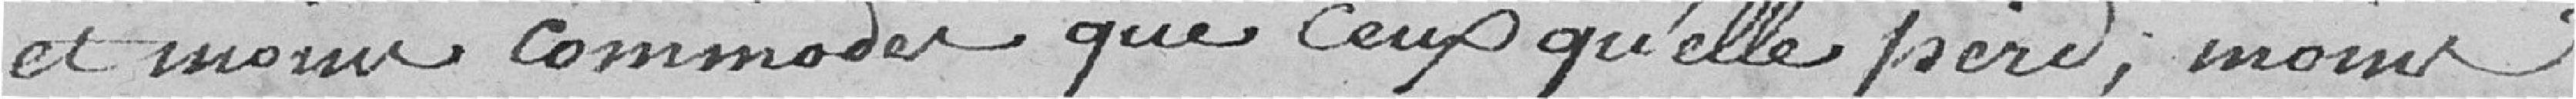
et moins commodes que ceux qu'elle perd, moins